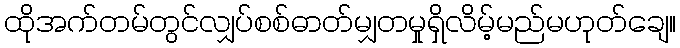
ထိုအက်တမ်တွင်လျှပ်စစ်ဓာတ်မျှတမှုရှိလိမ့်မည်မဟုတ်ချေ။